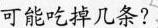
可能吃掉几条?